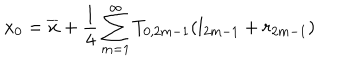
x _ { 0 } = \overline { { { x } } } + \frac { 1 } { 4 } \sum _ { m = 1 } ^ { \infty } T _ { 0 , 2 m - 1 } ( l _ { 2 m - 1 } + r _ { 2 m - 1 } )